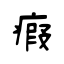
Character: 瘕